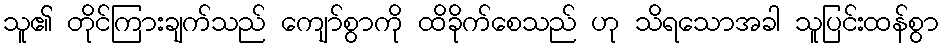
သူ၏ တိုင်ကြားချက်သည် ကျော်စွာကို ထိခိုက်စေသည် ဟု သိရသောအခါ သူပြင်းထန်စွာ